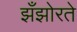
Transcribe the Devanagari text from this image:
झँझोरते